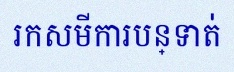
រកសមីការបន្ទាត់